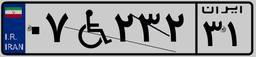
۰۷W۲۳۲۳۱